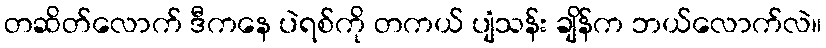
တဆိတ်လောက် ဒီကနေ ပဲရစ်ကို တကယ် ပျံသန်း ချိန်က ဘယ်လောက်လဲ။